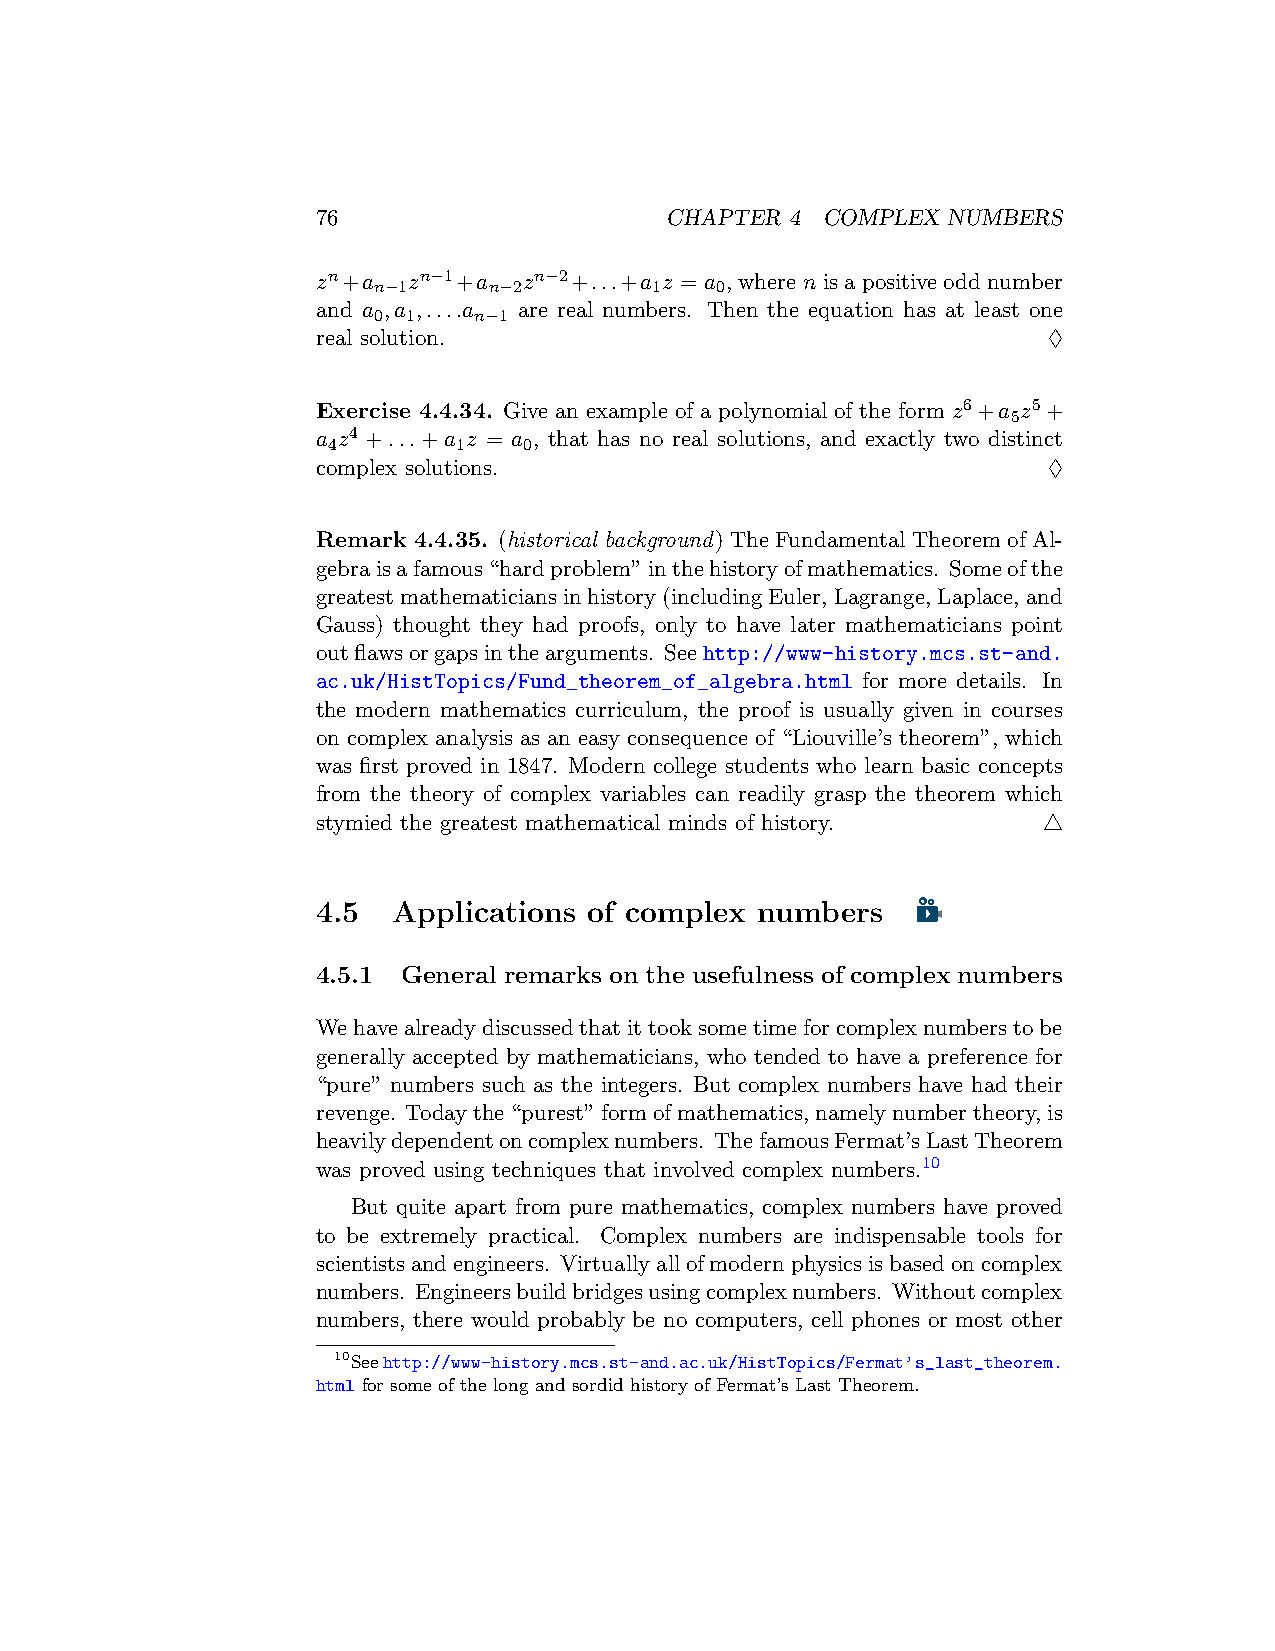
76                     CHAPTER 4 COMPLEX  NUMBERS
 zn+a  zn−1+a  zn−2+...+a z = a , where n is a positive odd number
 n−1    n−2        1   0
 and a ,a ,....a are real numbers. Then the equation has at least one
 0 1   n−1
 real solution.                                  ♢
 Exercise 4.4.34. Give an example of a polynomial of the form z6+a z5+
 5
 a z4 +...+a z = a , that has no real solutions, and exactly two distinct
 4       1    0
 complex solutions.                              ♢
 Remark 4.4.35. (historical background) The Fundamental Theorem of Al-
 gebraisafamous“hardproblem”inthehistoryofmathematics. Someofthe
 greatestmathematiciansinhistory(includingEuler,Lagrange,Laplace,and
 Gauss) thought they had proofs, only to have later mathematicians point
 outflawsorgapsinthearguments. Seehttp://www-history.mcs.st-and.
 ac.uk/HistTopics/Fund_theorem_of_algebra.html for more details. In
 the modern mathematics curriculum, the proof is usually given in courses
 on complex analysis as an easy consequence of “Liouville’s theorem”, which
 was first proved in 1847. Modern college students who learn basic concepts
 from the theory of complex variables can readily grasp the theorem which
 stymied the greatest mathematical minds of history. △
 4.5  Applications of complex numbers
 4.5.1 General remarks on the usefulness of complex numbers
 Wehavealreadydiscussedthatittooksometimeforcomplexnumberstobe
 generally accepted by mathematicians, who tended to have a preference for
 “pure” numbers such as the integers. But complex numbers have had their
 revenge. Todaythe“purest”formofmathematics,namelynumbertheory,is
 heavilydependentoncomplexnumbers. ThefamousFermat’sLastTheorem
 was proved using techniques that involved complex numbers.10
 But quite apart from pure mathematics, complex numbers have proved
 to be extremely practical. Complex numbers are indispensable tools for
 scientistsandengineers. Virtuallyallofmodernphysicsisbasedoncomplex
 numbers. Engineersbuildbridgesusingcomplexnumbers. Withoutcomplex
 numbers, there would probably be no computers, cell phones or most other
 10Seehttp://www-history.mcs.st-and.ac.uk/HistTopics/Fermat’s_last_theorem.
 html for some of the long and sordid history of Fermat’s Last Theorem.